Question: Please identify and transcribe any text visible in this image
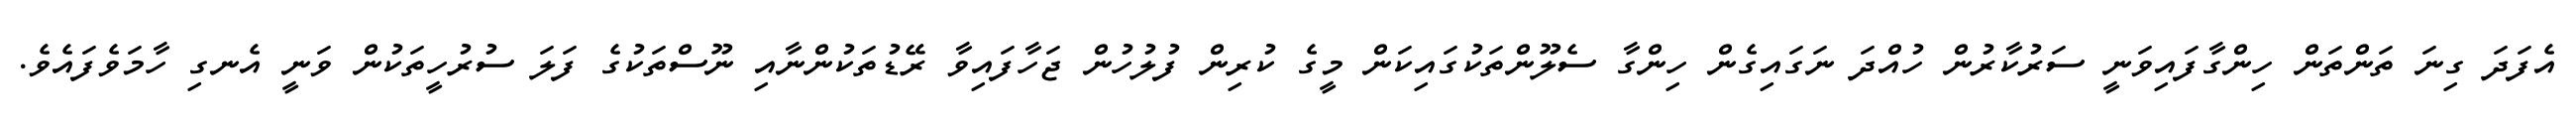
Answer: އެފަދަ ގިނަ ތަންތަން ހިންގާފައިވަނީ ސަރުކާރުން ހުއްދަ ނަގައިގެން ހިންގާ ސެލޫންތަކުގައިކަން މީގެ ކުރިން ފުލުހުން ޖަހާފައިވާ ރޭޑުތަކުންނާއި ނޫސްތަކުގެ ފަލަ ސުރުހީތަކުން ވަނީ އެނގި ހާމަވެފައެވެ.